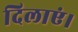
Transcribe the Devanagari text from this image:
दिलाएं।